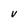
Character: V